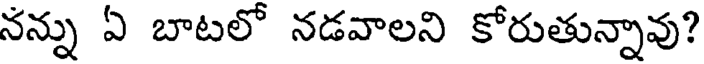
నన్ను ఏ బాటలో నడవాలని కోరుతున్నావు?